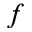
f